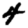
Digit: 4